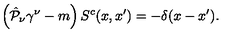
\left( \hat { { \cal P } } _ { \nu } \gamma ^ { \nu } - m \right) S ^ { c } ( x , x ^ { \prime } ) = - \delta ( x - x ^ { \prime } ) .